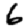
Digit: 6